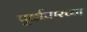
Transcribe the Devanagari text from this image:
पूर्वापारच्या